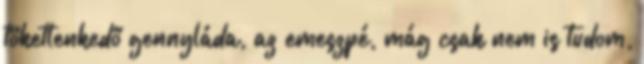
töketlenkedő gennyláda, az emeszpé, mág csak nem is tudom,